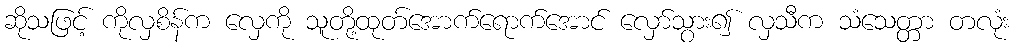
ဆိုသဖြင့် ကိုလှစိန်က လှေကို သူတို့ထုတ်အောက်ရောက်အောင် လှော်သွား၍ လှသီက သံသေတ္တာ တလုံး